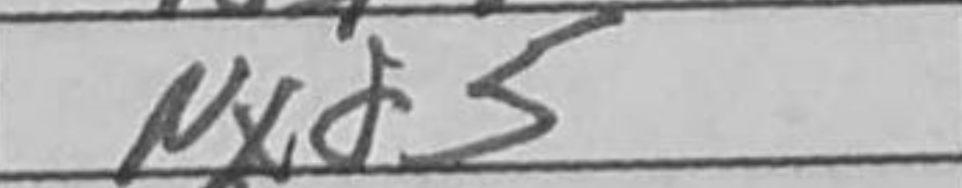
Transcription: Nxd5